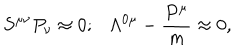
LaTeX: S ^ { \mu \nu } P _ { \nu } \approx 0 ; \Lambda ^ { 0 \mu } - { \frac { P ^ { \mu } } { m } } \approx 0 ,